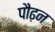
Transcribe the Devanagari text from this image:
पौढ़न